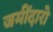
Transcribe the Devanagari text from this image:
जमींदारो